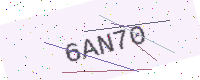
Text: 6AN70